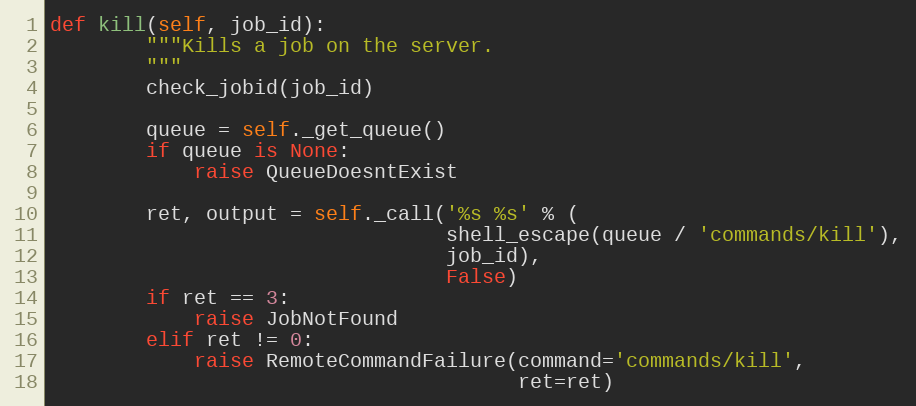
Language: Python
def kill(self, job_id):
        """Kills a job on the server.
        """
        check_jobid(job_id)

        queue = self._get_queue()
        if queue is None:
            raise QueueDoesntExist

        ret, output = self._call('%s %s' % (
                                 shell_escape(queue / 'commands/kill'),
                                 job_id),
                                 False)
        if ret == 3:
            raise JobNotFound
        elif ret != 0:
            raise RemoteCommandFailure(command='commands/kill',
                                       ret=ret)